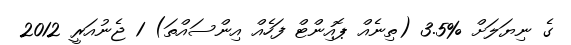
ގެ ނިޔަލަށް %3.5 (ތިނެއް ޕޮއިންޓް ފަހެއް އިންސައްތަ) 1 ޖެނުއަރީ 2012